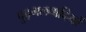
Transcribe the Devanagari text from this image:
पुद्गलवादियों